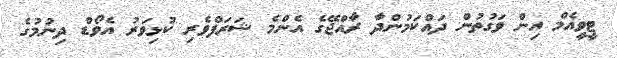
ޓީވީއެމް އިން ވަގުތުން ދައްކަމުންދާ ރާއްޖޭގެ އެންމެ ޝަރަފްވެރި ކުޅިވަރު އެވޯޑް ދިނުމުގެ